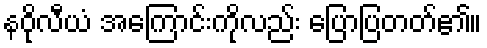
နဝိုလီယံ အကြောင်းကိုလည်း ပြောပြတတ်၏။